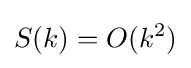
S(k)=O(k^{2})